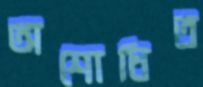
অশোধিত